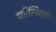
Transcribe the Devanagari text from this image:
पारिस्थितकी